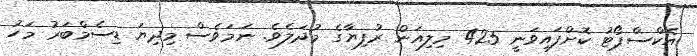
އެކްސްޕޯޓު ކޮށްފައިވަނީ 425 މިލިއަން ރުފިޔާގެ މުދަލެވެ. ނަމަވެސް މިދިޔަ ޑިސެމްބަރު މަހު